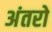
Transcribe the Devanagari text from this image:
अंतरो